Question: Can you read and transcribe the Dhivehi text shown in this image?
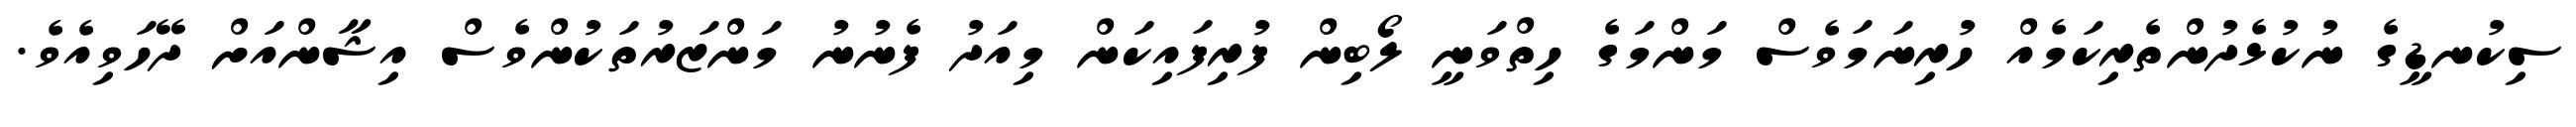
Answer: ސިކުނޑީގެ ނުކުޅެދުންތެރިކަމެއް ހުރިނަމަވެސް މަންމަގެ ހިތްވަނީ ލޯބިން ފުރިފައިކަން މިއަދު ފެނުނު މަންޒަރުތަކުންވެސް އިޝާންއަށް ދޭހަވިއެވެ.